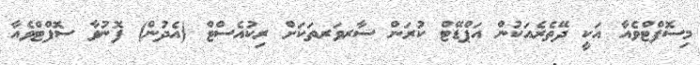
މިސޮފްޓްވެއާ އަކީ ދޭތެރެއަކުން އަޕްޑޭޓް ކުރަން ސާރވަރތަކަށް ރިކުއެސްޓް (އެދުން) ފޮނުވާ ސޮފްޓްވެއާ